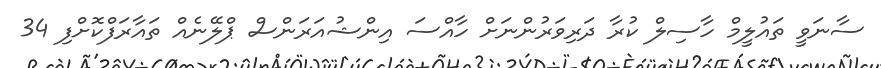
ސާނަވީ ތައުލީމް ހާސިލް ކުރާ ދަރިވަރުންނަށް ހާއްސަ އިންޝުއަރަންސް ޕްލޭނެއް ތައާރަފްކޮށްފި 34